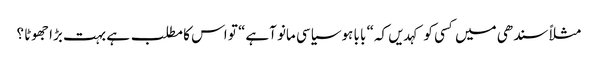
مثلاً سندھی میں کسی کو کہدیں کہ“ با با ہوسیاسی مانو آہے“ تو اس کا مطلب ہے بہت بڑا جھوٹا ؟